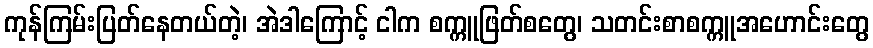
ကုန်ကြမ်းပြတ်နေတယ်တဲ့၊ အဲဒါကြောင့် ငါက စက္ကူဖြတ်စတွေ၊ သတင်းစာစက္ကူအဟောင်းတွေ